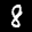
Label: 8